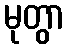
မုတွာ